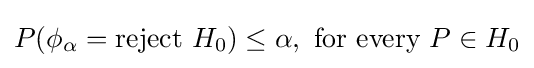
P(\phi _{\alpha }={\text{reject }}H_{0})\leq \alpha ,{\text{ for every }}P\in H_{0}